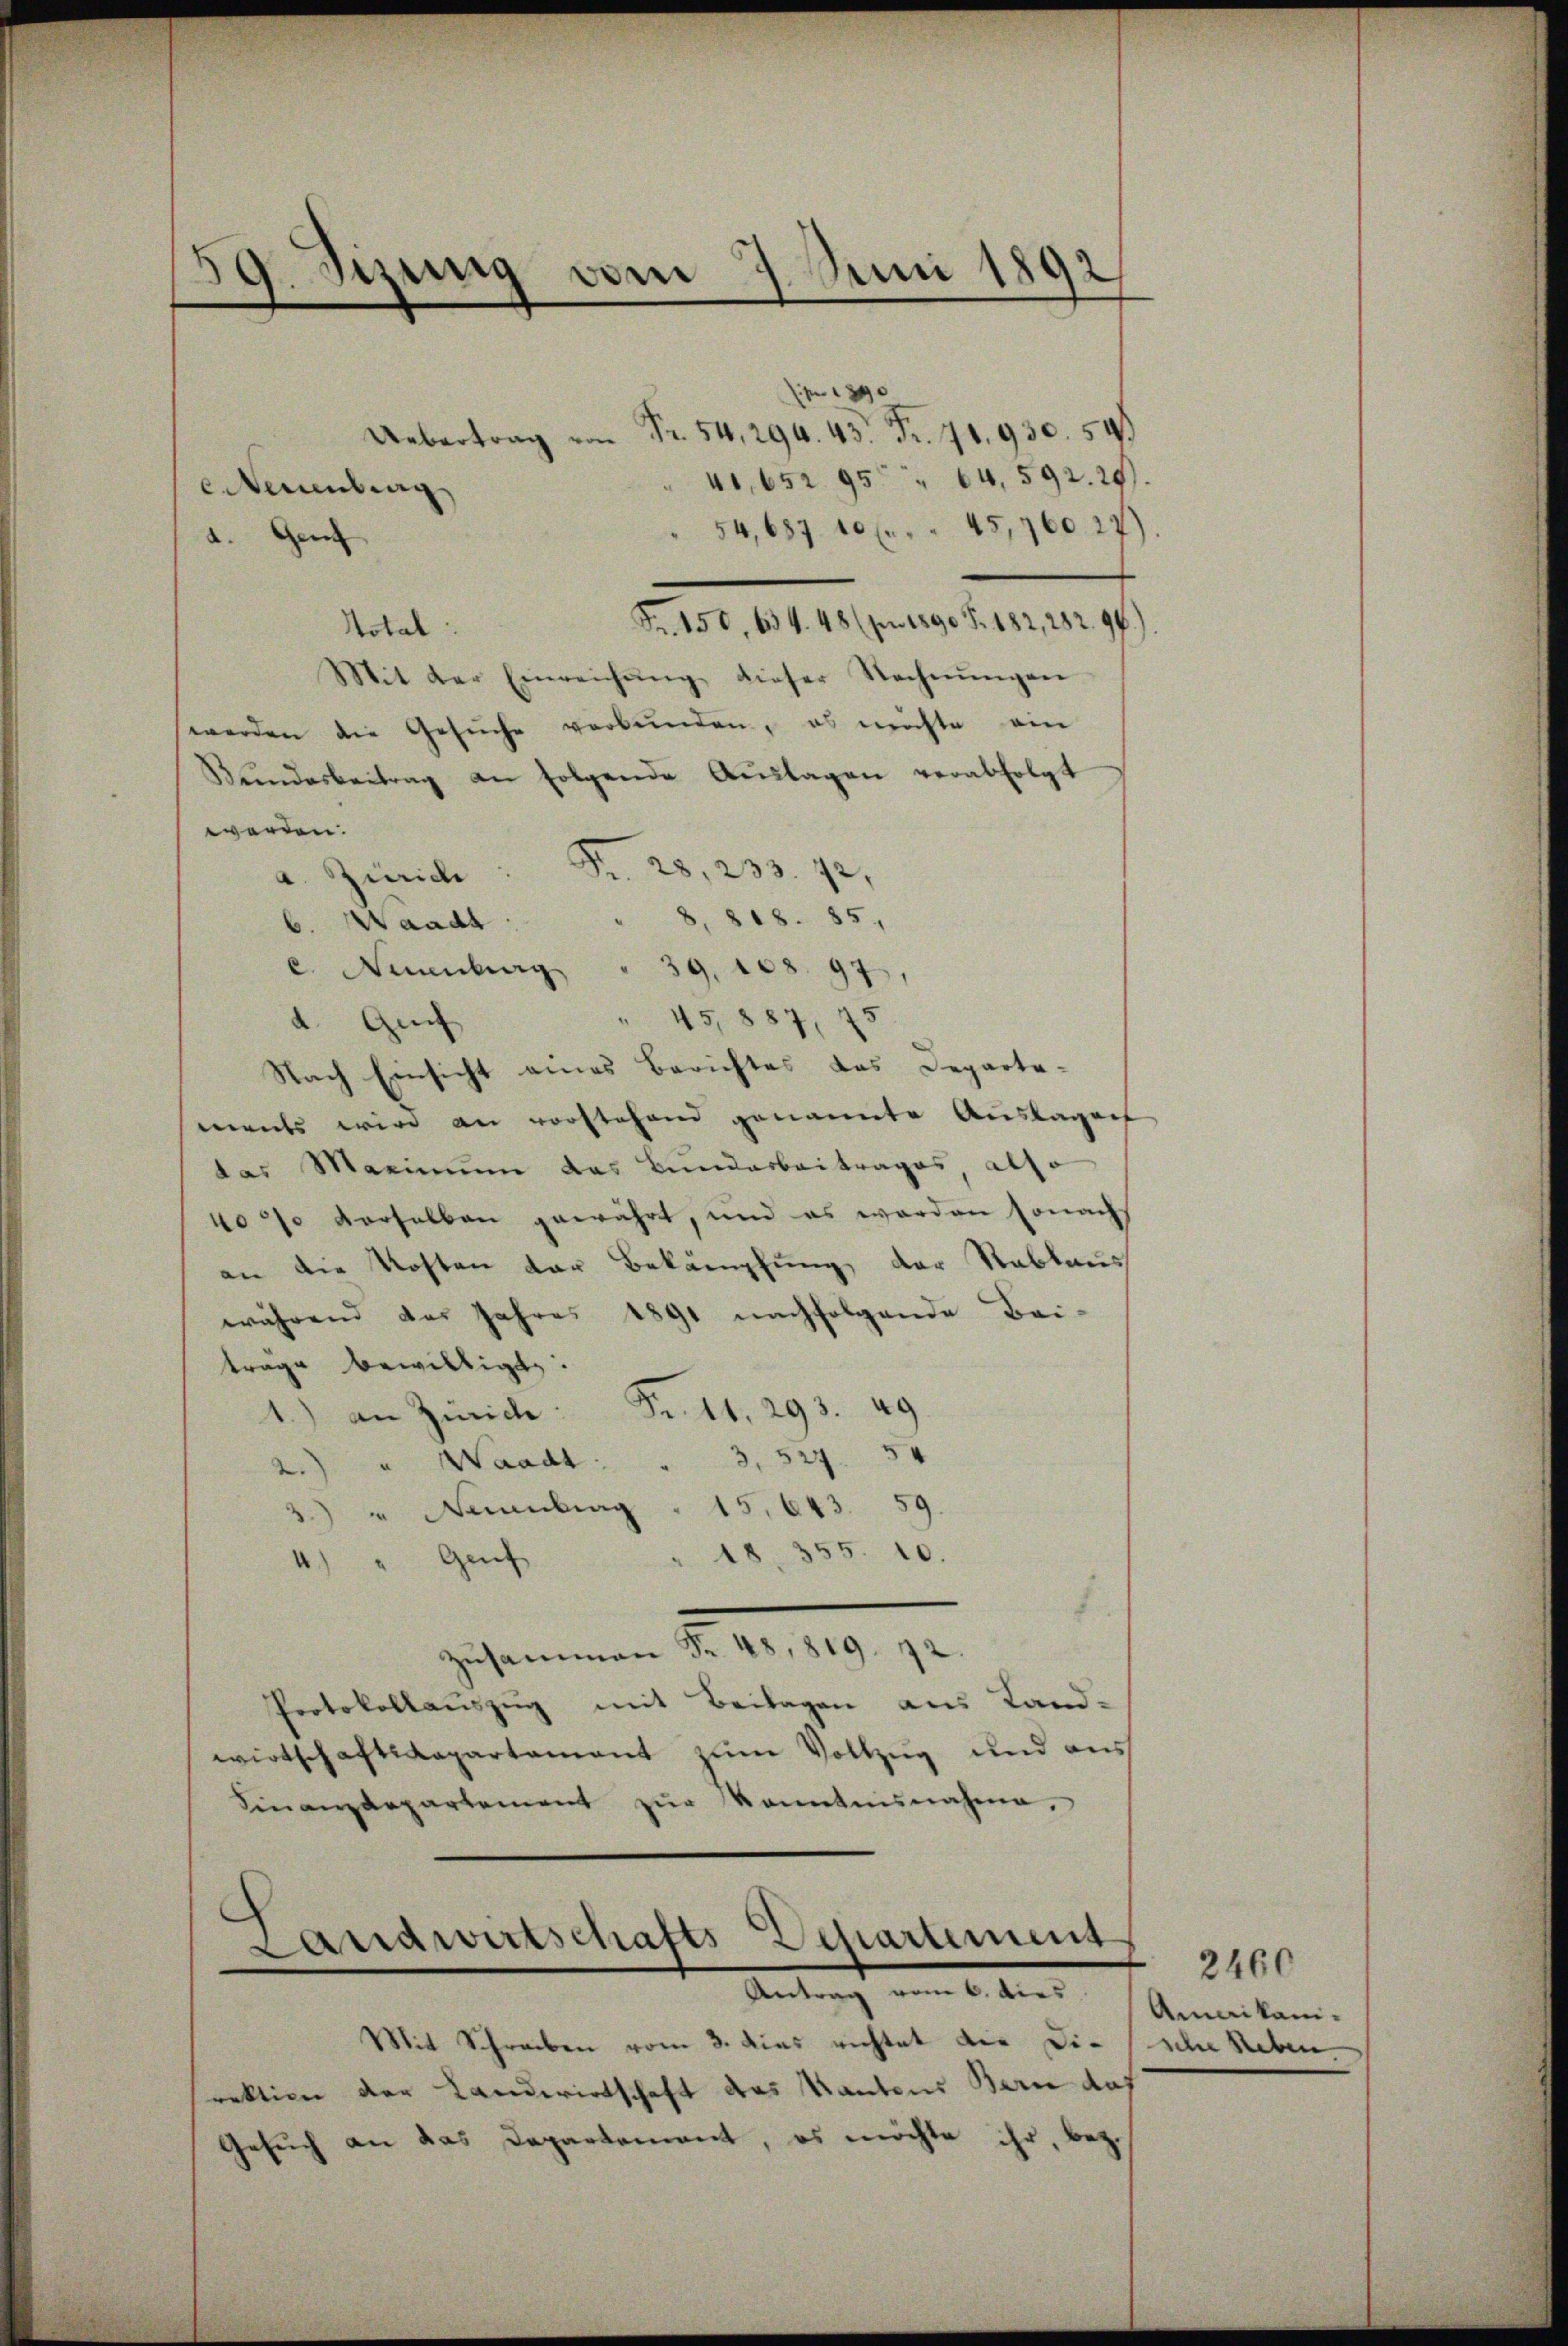
59. Sizung vom 7. Juni 1892

Uebertrag von Fr. 54, 294. 45 Fr. 71,930. 54.)
41, 652 95 " 64, 592. 29)
enberg
54,687. 10 f. 45,760. 27)
a. Genf
Fr. 150, 634. 48 (p. 1890 Z. 182, 282. 96.)
Total
Mit der Einreichŭng dieser Rechnŭngen
werden die Gesŭche verbunden, es möchte ein
Bŭndesbeitrag an folgende Aŭslagen verabfolgt
werden.
a. Zürich Pr. 28, 233. 42
818. 85.
Waadt
c. Neuenburg " 39, 108. 97,
45,887, 73
a. Gui
Nach Einsicht eines Berichtes das Departements wird an vorstehend genannte Auslagen
das Maximum das Bundarbeitrages also
40 20 derselben gewährt, und es worden sonach
an die Kosten der Bekämpfung der Rablaus
während der Jahres 1891 nachfolgende Bei-
trage bewilligt.
1.) an Zürich: St. 293. 49
“
2.) " Waadt . . 3, 52
3.) " Nuanburg " 15. 643. 51
18. 355. 10.
4.) " Genf
zusammen Nr. 48, 819. 12.
Protokollauszug mit Beilagen aus Land-
wirtschaftsdepartament zum Vollzug und aus
Finanzdepartement zŭr Kenntnisnahme,

Landwirtschafts-Departement
Antrag vom 6. dies

Mit Schreiben vom 3. dies richtet die Direktion der Landwirtschaft das Kantons Bern das
Gesuch an das Departement, es möchte ihr, bez.

2460
Amnikani-
sche heben